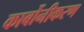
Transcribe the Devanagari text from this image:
कार्बोनीकरण